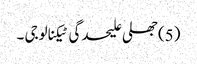
(5) جھلی علیحدگی ٹیکنالوجی ۔